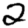
Digit: 2